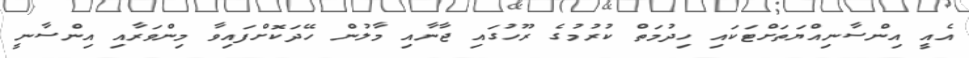
އެއީ އިންސާނިއްޔަތަށްޓަކައި ހިދުމަތް ކުރުމުގެ ރޫހުގައި ޖާނާއި މާލުން ހޭދަކޮށްފައިވާ މިންވަރާއި އިންސާނީ